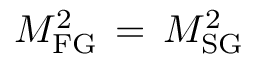
M _ { \mathrm { F G } } ^ { 2 } \, = \, M _ { \mathrm { S G } } ^ { 2 }